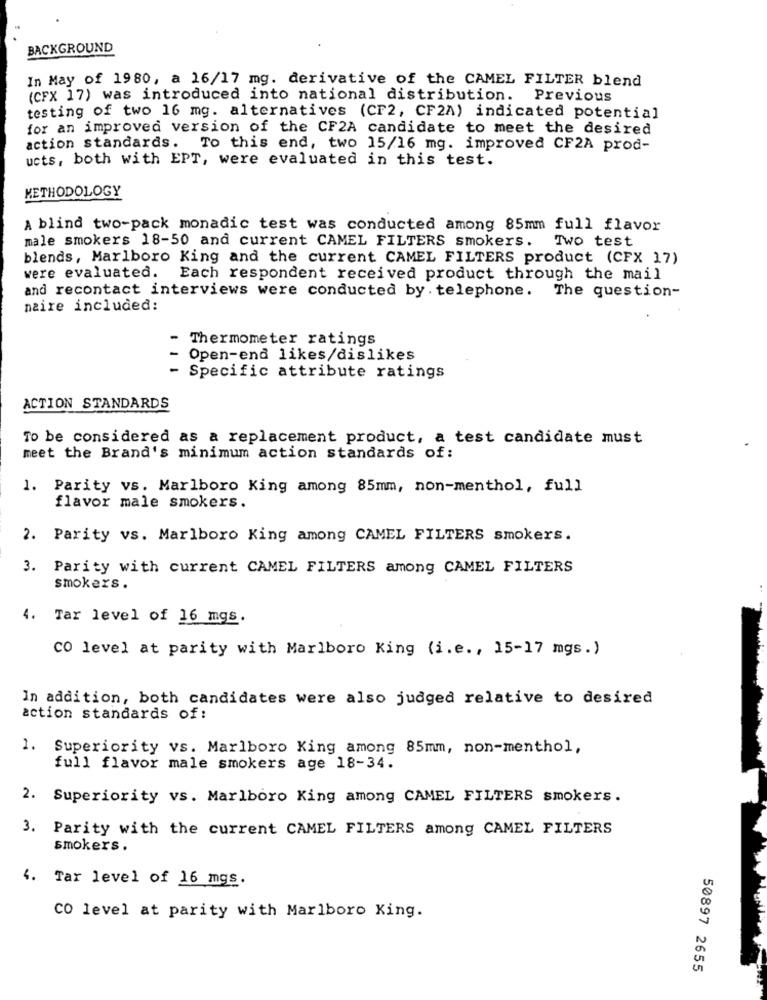
BACKGROUND
In May of 1980, a 16/17 mg. derivative of the CAMEL FILTER blend
(CFX 17) was introduced into national distribution. Previous
testing of two 16 mg. alternatives (CF2, CF2A) indicated potential
for an improved version of the CF2A candidate to meet the desired
action standards. To this end, two 15/16 mg. improved CF2A prod-
ucts, both with EPT, were evaluated in this test.
METHODOLOGY
A blind two-pack monadic test was conducted among 85mm full flavor
male smokers 18-50 and current CAMEL FILTERS smokers. Two test
blends, Marlboro King and the current CAMEL FILTERS product (CFX 17)
were evaluated. Each respondent received product through the mail
and recontact interviews were conducted by . telephone. The question-
naire included:
Thermometer ratings
Open-end likes/dislikes
- Specific attribute ratings
ACTION STANDARDS
To be considered as a replacement product, a test candidate must
meet the Brand's minimum action standards of:
1. Parity vs. Marlboro King among 85mm, non-menthol, full
flavor male smokers.
2. Parity vs. Marlboro King among CAMEL FILTERS smokers.
3. Parity with current CAMEL FILTERS among CAMEL FILTERS
smokers .
4. Tar level of 16 mgs.
CO level at parity with Marlboro King (i.e ., 15-17 mgs.)
In addition, both candidates were also judged relative to desired
action standards of:
1. Superiority vs. Marlboro King among 85mm, non-menthol,
full flavor male smokers age 18-34.
2. Superiority vs. Marlboro King among CAMEL FILTERS smokers.
3. Parity with the current CAMEL FILTERS among CAMEL FILTERS
smokers.
4. Tar level of 16 mgs.
CO level at parity with Marlboro King.
50897 2655